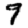
Digit: 9